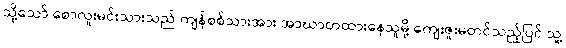
သို့သော် စောလူးမင်းသားသည် ကျန်စစ်သားအား အာဃာတထားနေသူမို့ ကျေးဇူးမတင်သည့်ပြင် သူ့